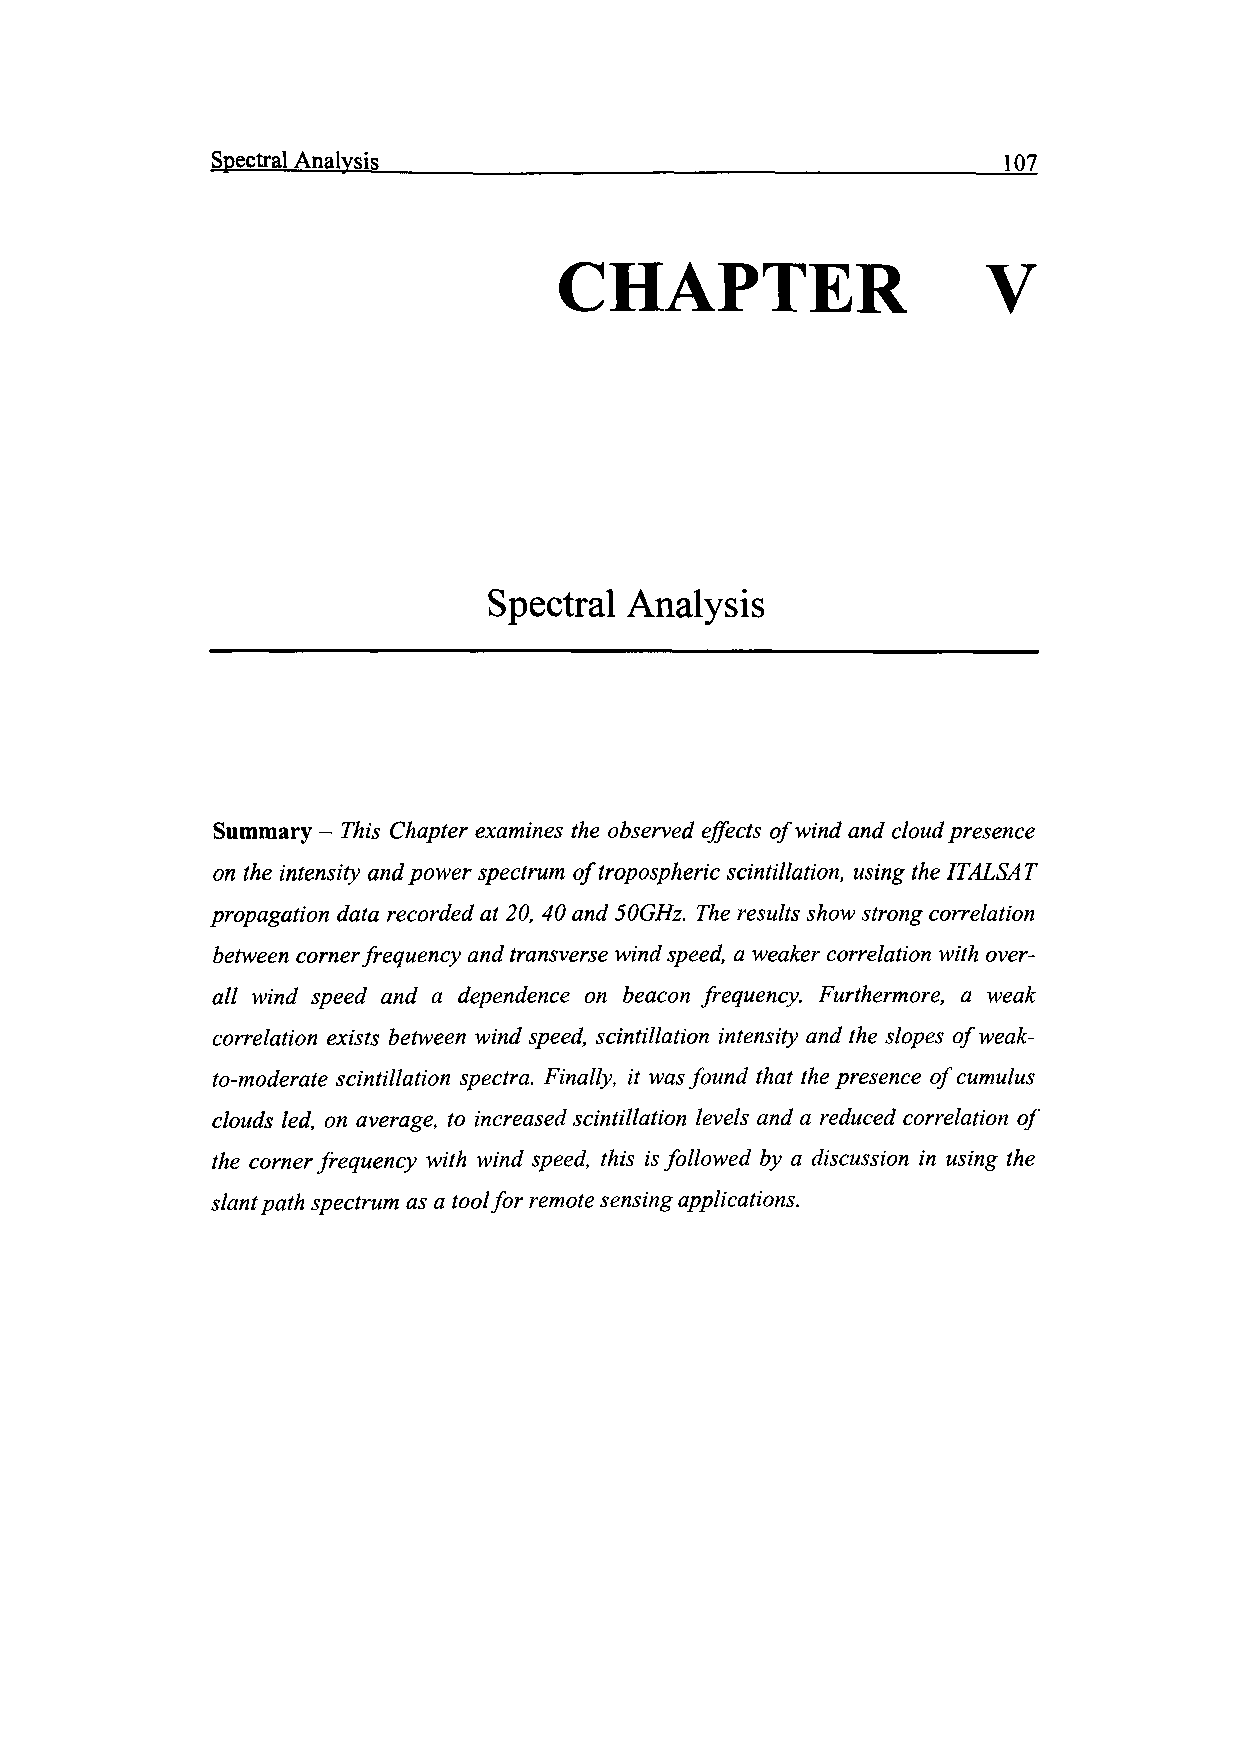
Spectral Analysis__________________________________107
 CHAPTER                     V
 Spectral Analysis
 Summary - This Chapter examines the observed effects of wind and cloud presence
 on the intensity and power spectrum of tropospheric scintillation, using the ITALSAT
 propagation data recorded at 20, 40 and 50GHz. The results show strong correlation
 between corner frequency and transverse wind speed, a weaker correlation with over­
 all wind speed and a dependence on beacon frequency. Furthermore, a weak
 correlation exists between wind speed, scintillation intensity and the slopes of weak-
 to-moderate scintillation spectra. Finally, it was found that the presence of cumulus
 clouds led, on average, to increased scintillation levels and a reduced correlation of
 the corner frequency with wind speed, this is followed by a discussion in using the
 slant path spectrum as a tool for remote sensing applications.